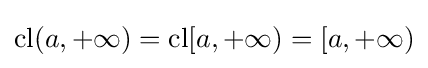
\operatorname {cl} (a,+\infty )=\operatorname {cl} [a,+\infty )=[a,+\infty )